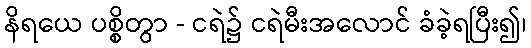
နိရယေ ပစ္စိတွာ - ငရဲ၌ ငရဲမီးအလောင် ခံခဲ့ရပြီး၍၊